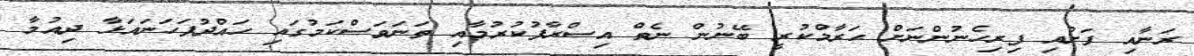
ރަނާއި ފަށުއި ފިރިހެނުންނަށް ޙަރާމްކުރީ ބޭނުން ނެތް އިސްރާފުކުރުމާއި ތަނަވަސްކަމުގައި ހައްދުފަހަނައަޅާ ދިއުމާ